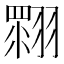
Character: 𦑲